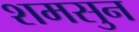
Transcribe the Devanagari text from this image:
शमसुन